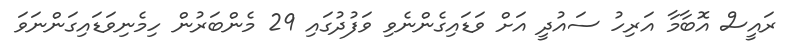
ރައީސް އޮބާމާ އަރިހު ސައުދީ އަށް ވަޑައިގެންނެވި ވަފުދުގައި 29 މެންބަރުން ހިމެނިވަޑައިގަންނަވަ